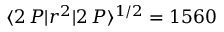
\langle 2 \, P | r ^ { 2 } | 2 \, P \rangle ^ { 1 / 2 } = 1 5 6 0